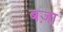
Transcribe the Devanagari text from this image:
बज़ा